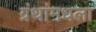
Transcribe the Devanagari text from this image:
ग्रंथांमधला